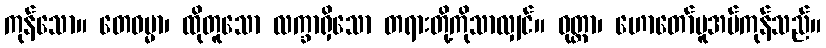
ကုန်သော။ တေဓမ္မာ၊ ထိုတူသော လက္ခာရှိသော တရားတို့ကိုသာလျှင်။ ဝုတ္တာ၊ ဟောတော်မူအပ်ကုန်သည်။